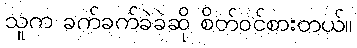
သူက ခက်ခက်ခဲခဲဆို စိတ်ဝင်စားတယ်။